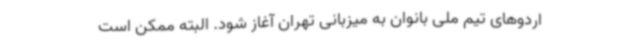
اردوهای تیم ملی بانوان به میزبانی تهران آغاز شود. البته ممکن است